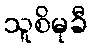
သူစိမုခီ